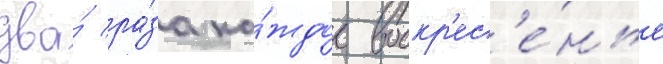
два́ ра́за ка́ждое воскр'ес'е́нье